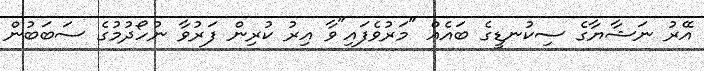
އޭރު ނަޝާޔާގެ ސިކުނޑީގެ ބައެއް "މަރުވެފައި"ވާ އިރު ކުރިން ފަރުވާ ނުހޯދުމުގެ ސަބަބުން